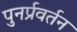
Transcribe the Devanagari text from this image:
पुनर्प्रवर्तन